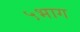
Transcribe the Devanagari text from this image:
५भाग